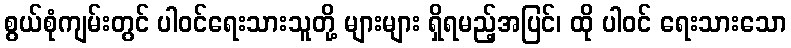
စွယ်စုံကျမ်းတွင် ပါဝင်ရေးသားသူတို့ များများ ရှိရမည့်အပြင်၊ ထို ပါဝင် ရေးသားသော